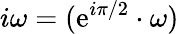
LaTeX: i\omega=(\mathrm{e}^{i\pi/2}\cdot\omega)